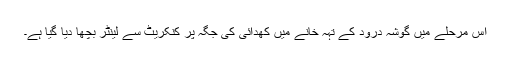
اس مرحلے میں گوشہ درود کے تہہ خانے میں کھدائی کی جگہ پر کنکریٹ سے لینٹر بچھا دیا گیا ہے۔